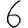
Digit: 6